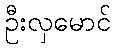
ဦးလှမောင်